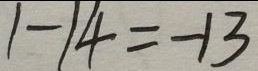
1 - 1 4 = - 1 3